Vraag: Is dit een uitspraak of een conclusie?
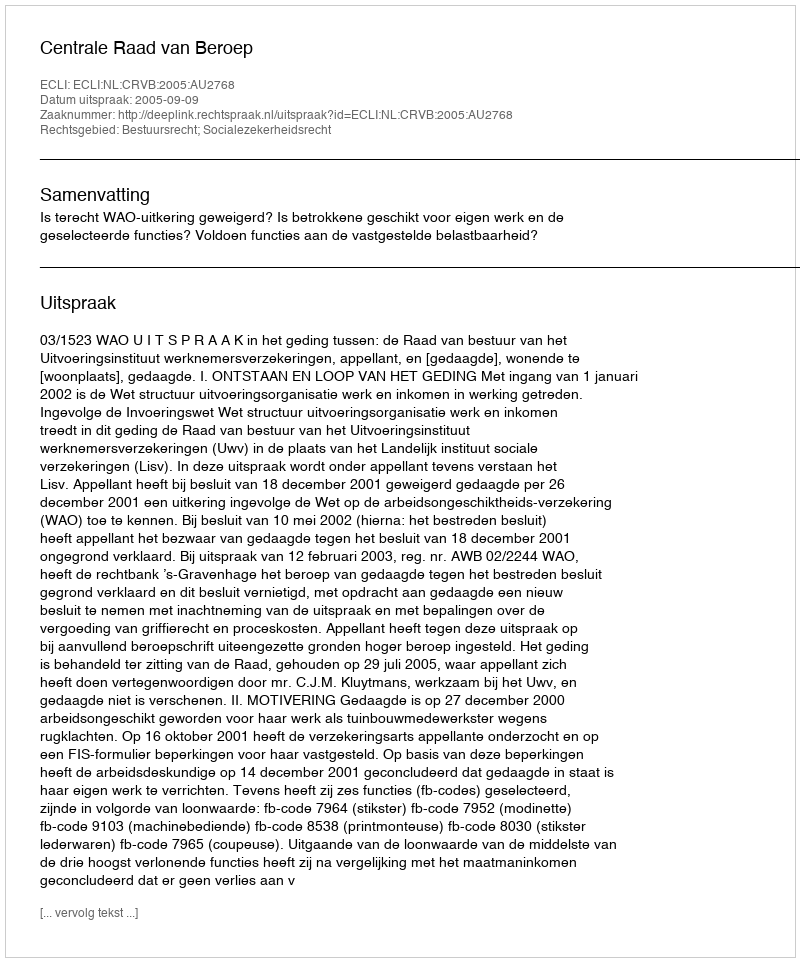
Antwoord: Uitspraak